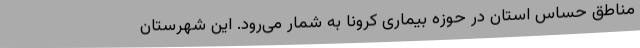
مناطق حساس استان در حوزه بیماری کرونا به شمار می‌رود. این شهرستان